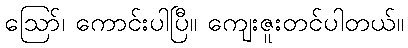
ဪ၊ ကောင်းပါပြီ။ ကျေးဇူးတင်ပါတယ်။